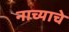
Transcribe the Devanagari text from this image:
नाच्याचे